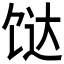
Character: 𩠅